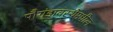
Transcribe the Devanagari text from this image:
पौगंडावस्थेमधील